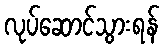
လုပ်ဆောင်သွားရန်